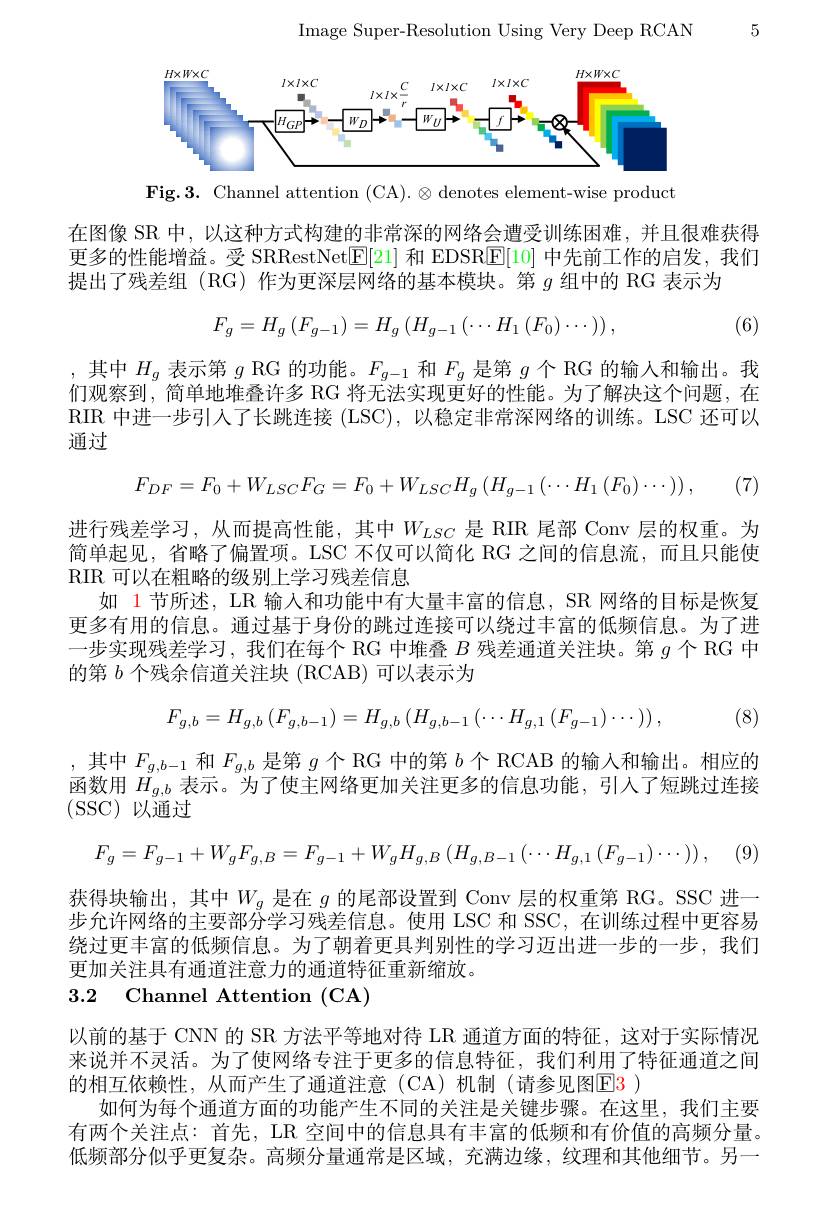
Image Super-Resolution Using Very Deep RCAN

5

<FigureHere>

$\mathbf{Fig.3.~Channel~attention~(CA).~\otimes~denotes~element-wise~product}$

在图像 SR 中，以这种方式构建的非常深的网络会遭受训练困难，并且很难获得更多的性能增益。受 SRRestNet$\boxed{\mathrm{E}}[21]$和 EDSR$\boxed{\mathrm{E}}[10]$中先前工作的启发，我们提出了残差组(RG)作为更深层网络的基本模块。第$g$组中的 RG 表示为

(6)
$$F_{g}=H_{g}\left(F_{g-1}\right)=H_{g}\left(H_{g-1}\left(\cdots H_{1}\left(F_{0}\right)\cdots\right)\right),$$
(7

,其中$H_g$表示第$g$ RG 的功能。$F_g-1$和$F_g$是第$g$个 RG 的输人和输出。我们观察到，简单地堆叠许多 RG 将无法实现更好的性能。为了解决这个问题，在RIR 中进一步引人了长跳连接 (LSC),以稳定非常深网络的训练。LSC 还可以通过
$$F_{DF}=F_{0}+W_{LSC}F_{G}=F_{0}+W_{LSC}H_{g}\left(H_{g-1}\left(\cdots H_{1}\left(F_{0}\right)\cdots\right)\right),$$
进行残差学习，从而提高性能，其中$W_{LSC}$ 是 RIR 尾部 Conv 层的权重。为简单起见，省略了偏置项。LSC 不仅可以简化 RG 之间的信息流，而且只能使RIR 可以在粗略的级别上学习残差信息
如 1 节所述，LR 输入和功能中有大量丰富的信息，SR 网络的目标是恢复更多有用的信息。通过基于身份的跳过连接可以绕过丰富的低频信息。为了进一步实现残差学习，我们在每个 RG 中堆叠$B$残差通道关注块。第$g$个 RG 中的第$b$个残余信道关注块 (RCAB) 可以表示为
$$F_{g,b}=H_{g,b}\left(F_{g,b-1}\right)=H_{g,b}\left(H_{g,b-1}\left(\cdots H_{g,1}\left(F_{g-1}\right)\cdots\right)\right),$$
,其中$F_{g,b-1}$和$F_{g,b}$是第$g$个 RG 中的第$b$个 RCAB 的输入和输出。相应的函数用$H_{g,b}$表示。为了使主网络更加关注更多的信息功能，引人了短跳过连接(SSC)以通过

(8)
$$F_g=F_{g-1}+W_gF_{g,B}=F_{g-1}+W_gH_{g,B}\left(H_{g,B-1}\left(\cdots H_{g,1}\left(F_{g-1}\right)\cdots\right)\right),$$
获得块输出，其中$W_g$是在$g$的尾部设置到 Conv 层的权重第 RG。SSC 进一步允许网络的主要部分学习残差信息。使用 LSC 和 SSC,在训练过程中更容易绕过更丰富的低频信息。为了朝着更具判别性的学习迈出进一步的一步，我们更加关注具有通道注意力的通道特征重新缩放。

### 3.2 Channel Attention (CA)

以前的基于 CNN 的 SR 方法平等地对待 LR 通道方面的特征，这对于实际情况来说并不灵活。为了使网络专注于更多的信息特征，我们利用了特征通道之间的相互依赖性，从而产生了通道注意(CA)机制(请参见图$\color{red}{\mathrm{E}}\color{blue}{\mathrm{E}}\color{red}{\mathrm{3}}$)
如何为每个通道方面的功能产生不同的关注是关键步骤。在这里，我们主要有两个关注点：首先，LR 空间中的信息具有丰富的低频和有价值的高频分量。低频部分似乎更复杂。高频分量通常是区域，充满边缘，纹理和其他细节。另一